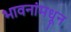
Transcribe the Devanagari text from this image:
भावनांमधून